Leningradi_Edasi_toimetus, lk 173
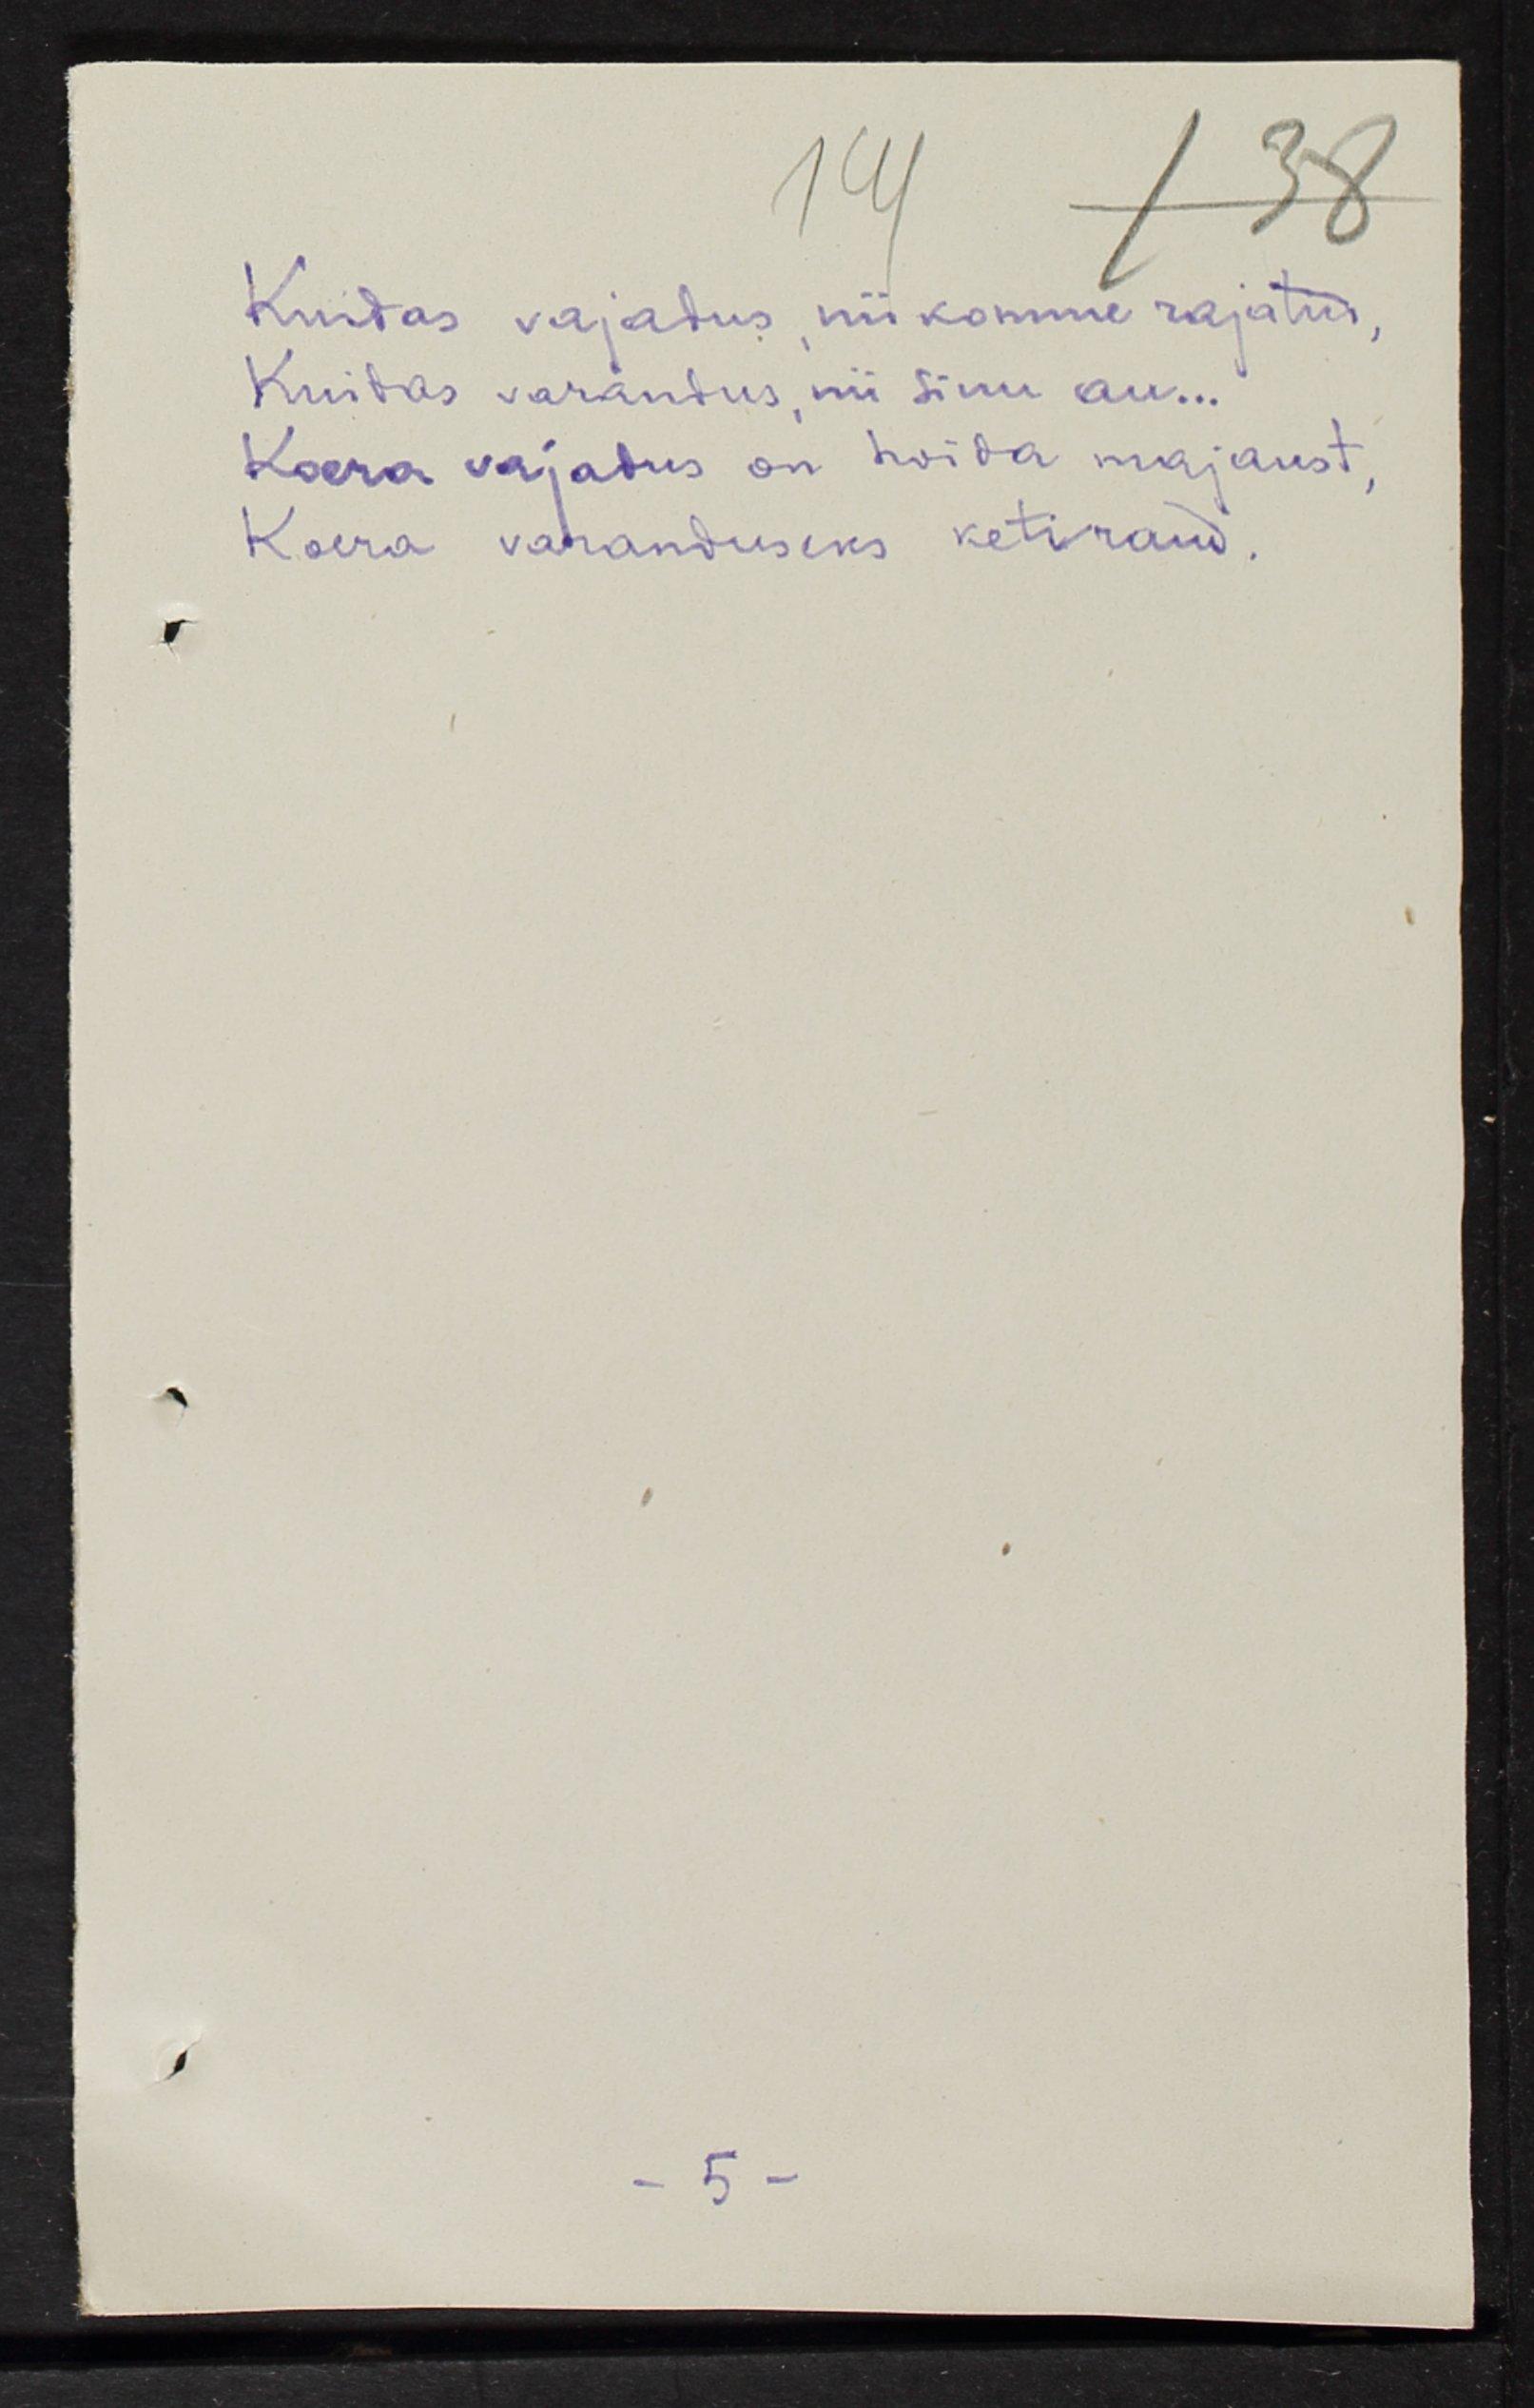
Kuidas vajadus, nii komme rajatu, 
Kuidas varandus, nii sinu au...
Koera vajadus on hoida majaust,
Koera varanduseks ketiraud.